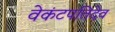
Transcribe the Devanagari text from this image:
वेकंटपतिदेव